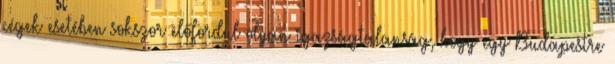
cégek esetében sokszor előfordul olyan igazságtalanság, hogy egy Budapestre